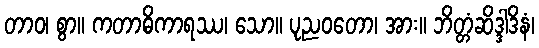
တာဝ၊ စွာ။ ကတာဓိကာရဿ၊ သော။ ပုညဝတော၊ အား။ ဘိတ္တံဆိဒ္ဒါဒိနံ၊